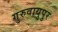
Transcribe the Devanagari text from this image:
गुरुवायुपुर